On a parasite found in persons suffering from enlargement of the spleen in India, second report - Number 11
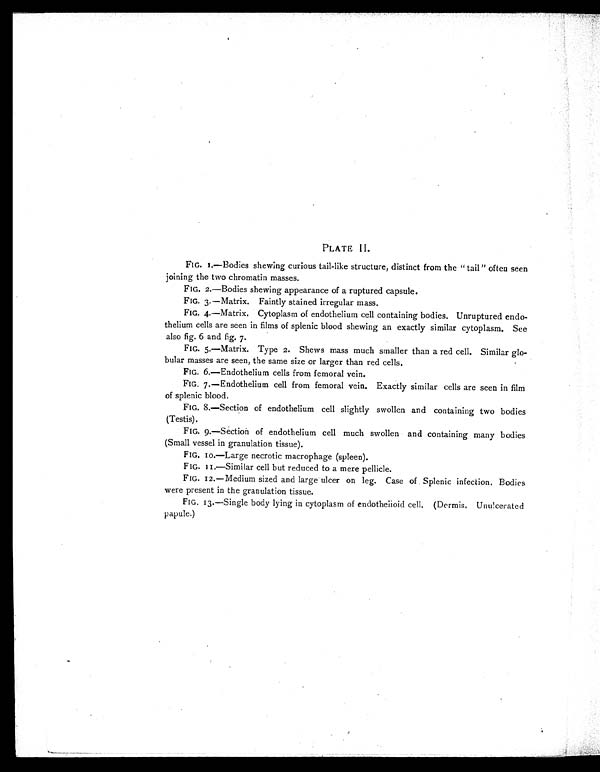
PLATE II.
FIG. 1.—Bodies shewing curious tail-like structure, distinct from the "tail" often seen
joining the two chromatin masses.
FIG. 2.—Bodies shewing appearance of a ruptured capsule.
FIG. 3.—Matrix. Faintly stained irregular mass.
FIG. 4.—Matrix. Cytoplasm of endothelium cell containing bodies. Unruptured endo-
thelium cells are seen in films of splenic blood shewing an exactly similar cytoplasm. See
also fig. 6 and fig. 7.
FIG. 5.—Matrix. Type 2. Shews mass much smaller than a red cell. Similar glo-
bular masses are seen, the same size or larger than red cells.
FIG. 6.—Endothelium cells from femoral vein.
FIG. 7.—Endothelium cell from femoral vein. Exactly similar cells are seen in film
of splenic blood.
FIG. 8.—Section of endothelium cell slightly swollen and containing two bodies
(Testis).
FIG. 9.—Section of endothelium cell much swollen and containing many bodies
(Small vessel in granulation tissue).
FIG. 10.—Large necrotic macrophage (spleen).
FIG. 11.—Similar cell but reduced to a mere pellicle.
FIG. 12.—Medium sized and large ulcer on leg. Case of Splenic infection. Bodies
were present in the granulation tissue.
FIG. 13.—Single body lying in cytoplasm of endotheiioid cell. (Dermis, Unulcerated
papule.)